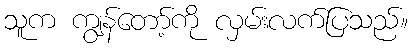
သူက ကျွန်တော့်ကို လှမ်းလက်ပြသည်။